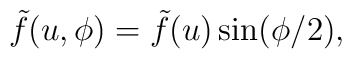
\tilde{f}(u,\phi)=\tilde{f}(u)\sin(\phi/2),